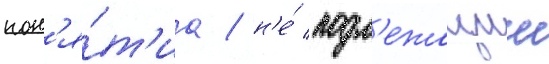
пон'я́т'иа / н'е́ подл'ежащии